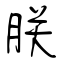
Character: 朕